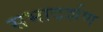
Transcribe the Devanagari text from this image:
सभादर्शण